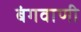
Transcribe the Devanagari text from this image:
बंगवाणी